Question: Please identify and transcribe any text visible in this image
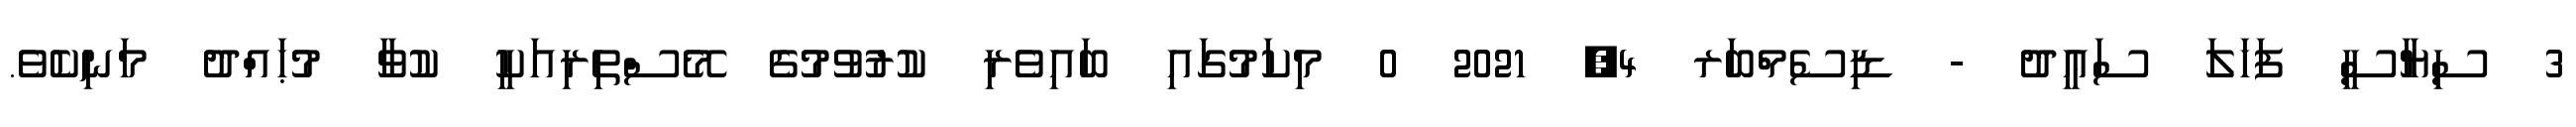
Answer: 3 ސިޔާސީ ފަހަލަ ސަޢީދު - ޑިސެމްބަރ 4, 2021 0 މިކަމުގައި ބައިވެރި ކުރުވުމުގެ މޭސްތިރިއަކީ ކުވާ މުޙައްދު މަނިކެވެ.